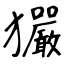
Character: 玁